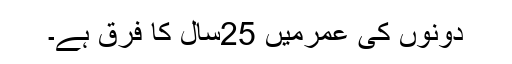
دونوں کی عمرمیں 25سال کا فرق ہے۔